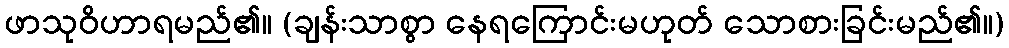
ဖာသုဝိဟာရမည်၏။ (ချန်းသာစွာ နေရကြောင်းမဟုတ် သောစားခြင်းမည်၏။)